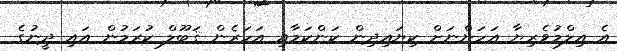
އެ އިލްމުވެރިޔާ އަހަންނަށް ކިޔައިދިން ކަންކަމާއި އަހަރެން ޤަބޫލް ކުރަމުން އައި ދީނުގެ